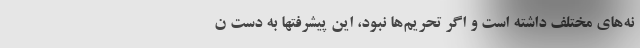
نه‌های مختلف داشته است و اگر تحریم‌ها نبود، این پیشرفتها به دست ن